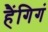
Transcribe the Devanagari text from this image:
हैंगिगं